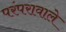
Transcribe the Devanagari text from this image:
परंपरावाले